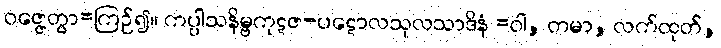
ဝဇ္ဇေတွာ=ကြဉ်၍။ ကပ္ပါသနိမ္ဗကုဋဇ-ပဋောလသုလသာဒိနံ =ဝါ, တမာ, လက်ထုတ်,